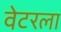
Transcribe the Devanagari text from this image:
वेटरला